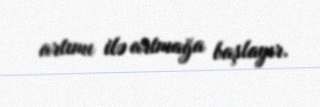
artımı ilə artmağa başlayır.